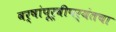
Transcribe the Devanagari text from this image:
वर्षांपूर्वीपर्यंतचा